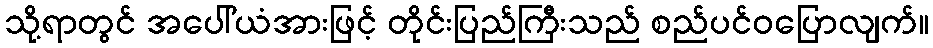
သို့ရာတွင် အပေါ်ယံအားဖြင့် တိုင်းပြည်ကြီးသည် စည်ပင်ဝပြောလျက်။